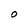
Character: O